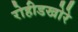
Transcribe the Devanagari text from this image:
रोहीडखोरे